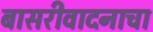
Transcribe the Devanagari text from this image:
बासरीवादनाचा